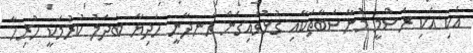
އެކި އެކި ރަސްމީ މުނާސަބާތަކާއި ގުޅުވައިގެން ހަނދާނީ ހަދިޔާ ބަދަލު ކުރުމަކީ ހުރިހާ